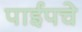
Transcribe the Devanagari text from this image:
पाईपचे